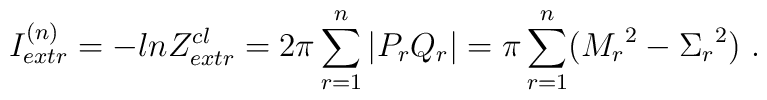
I_{extr}^{(n)} = -ln Z_{extr}^{cl} = 2 \pi \sum_{r=1}^{n}  |P_r Q_r|   =  \pi \sum_{r=1}^{n}   ({M_r}^2 - {\Sigma_r}^2 ) \ .